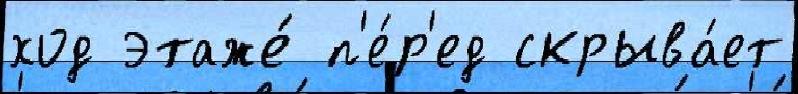
ход этаже́ п'е́р'ед скрыва́ет